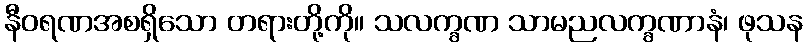
နီဝရဏအစရှိသော တရားတို့ကို။ သလက္ခဏ သာမညလက္ခဏာနံ၊ ဖုသန